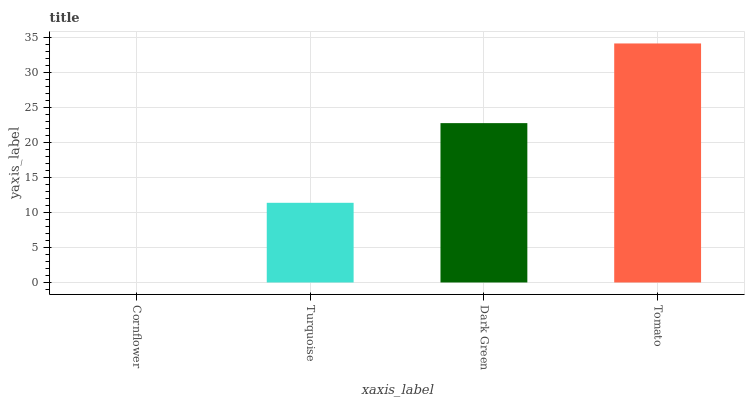
| xaxis_label | bars |
 | --- | --- |
 | Cornflower | 0 |
 | Turquoise | 11.4 |
 | Dark Green | 22.8 |
 | Tomato | 34.1 |